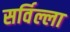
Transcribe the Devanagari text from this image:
सर्विल्ला